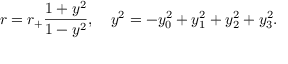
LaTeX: r = r _ { + } \frac { 1 + y ^ { 2 } } { 1 - y ^ { 2 } } , \ \ \ y ^ { 2 } = - y _ { 0 } ^ { 2 } + y _ { 1 } ^ { 2 } + y _ { 2 } ^ { 2 } + y _ { 3 } ^ { 2 } .